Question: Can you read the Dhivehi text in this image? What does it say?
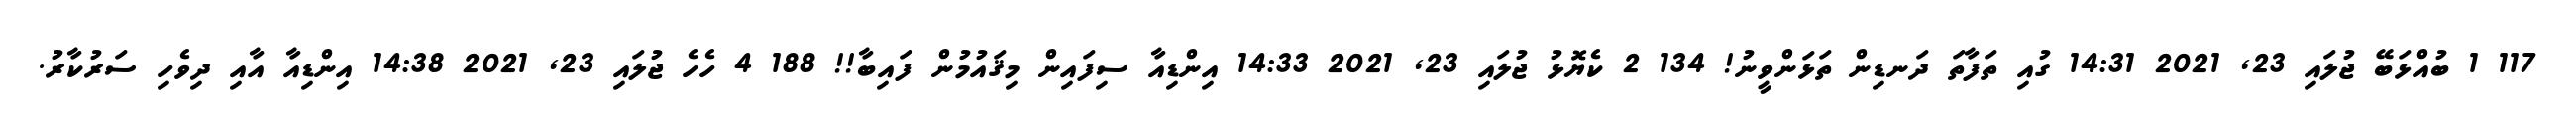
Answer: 117 1 ބުއްޅަބޭ ޖުލައި 23, 2021 14:31 ގުއި ތަފާތަ ދަނޑިން ތަޅަންވީނު! 134 2 ކެޔޮޅު ޖުލައި 23, 2021 14:33 އިންޑިއާ ސިފައިން މިޤައުމުން ފައިބާ!! 188 4 ހެހެ ޖުލައި 23, 2021 14:38 އިންޑިއާ އާއި ދިވެހި ސަރުކާރު.